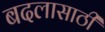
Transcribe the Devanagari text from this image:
बदलासाठी